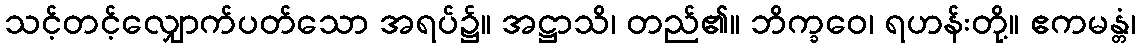
သင့်တင့်လျှောက်ပတ်သော အရပ်၌။ အဋ္ဌာသိ၊ တည်၏။ ဘိက္ခဝေ၊ ရဟန်းတို့။ ဧကမန္တံ၊